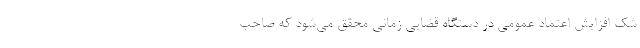
شک افزایش اعتماد عمومی در دستگاه قضایی زمانی محقق می‌شود که صاحب